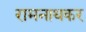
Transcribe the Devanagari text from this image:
रामनाथकर